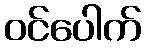
ဝင်ပေါက်